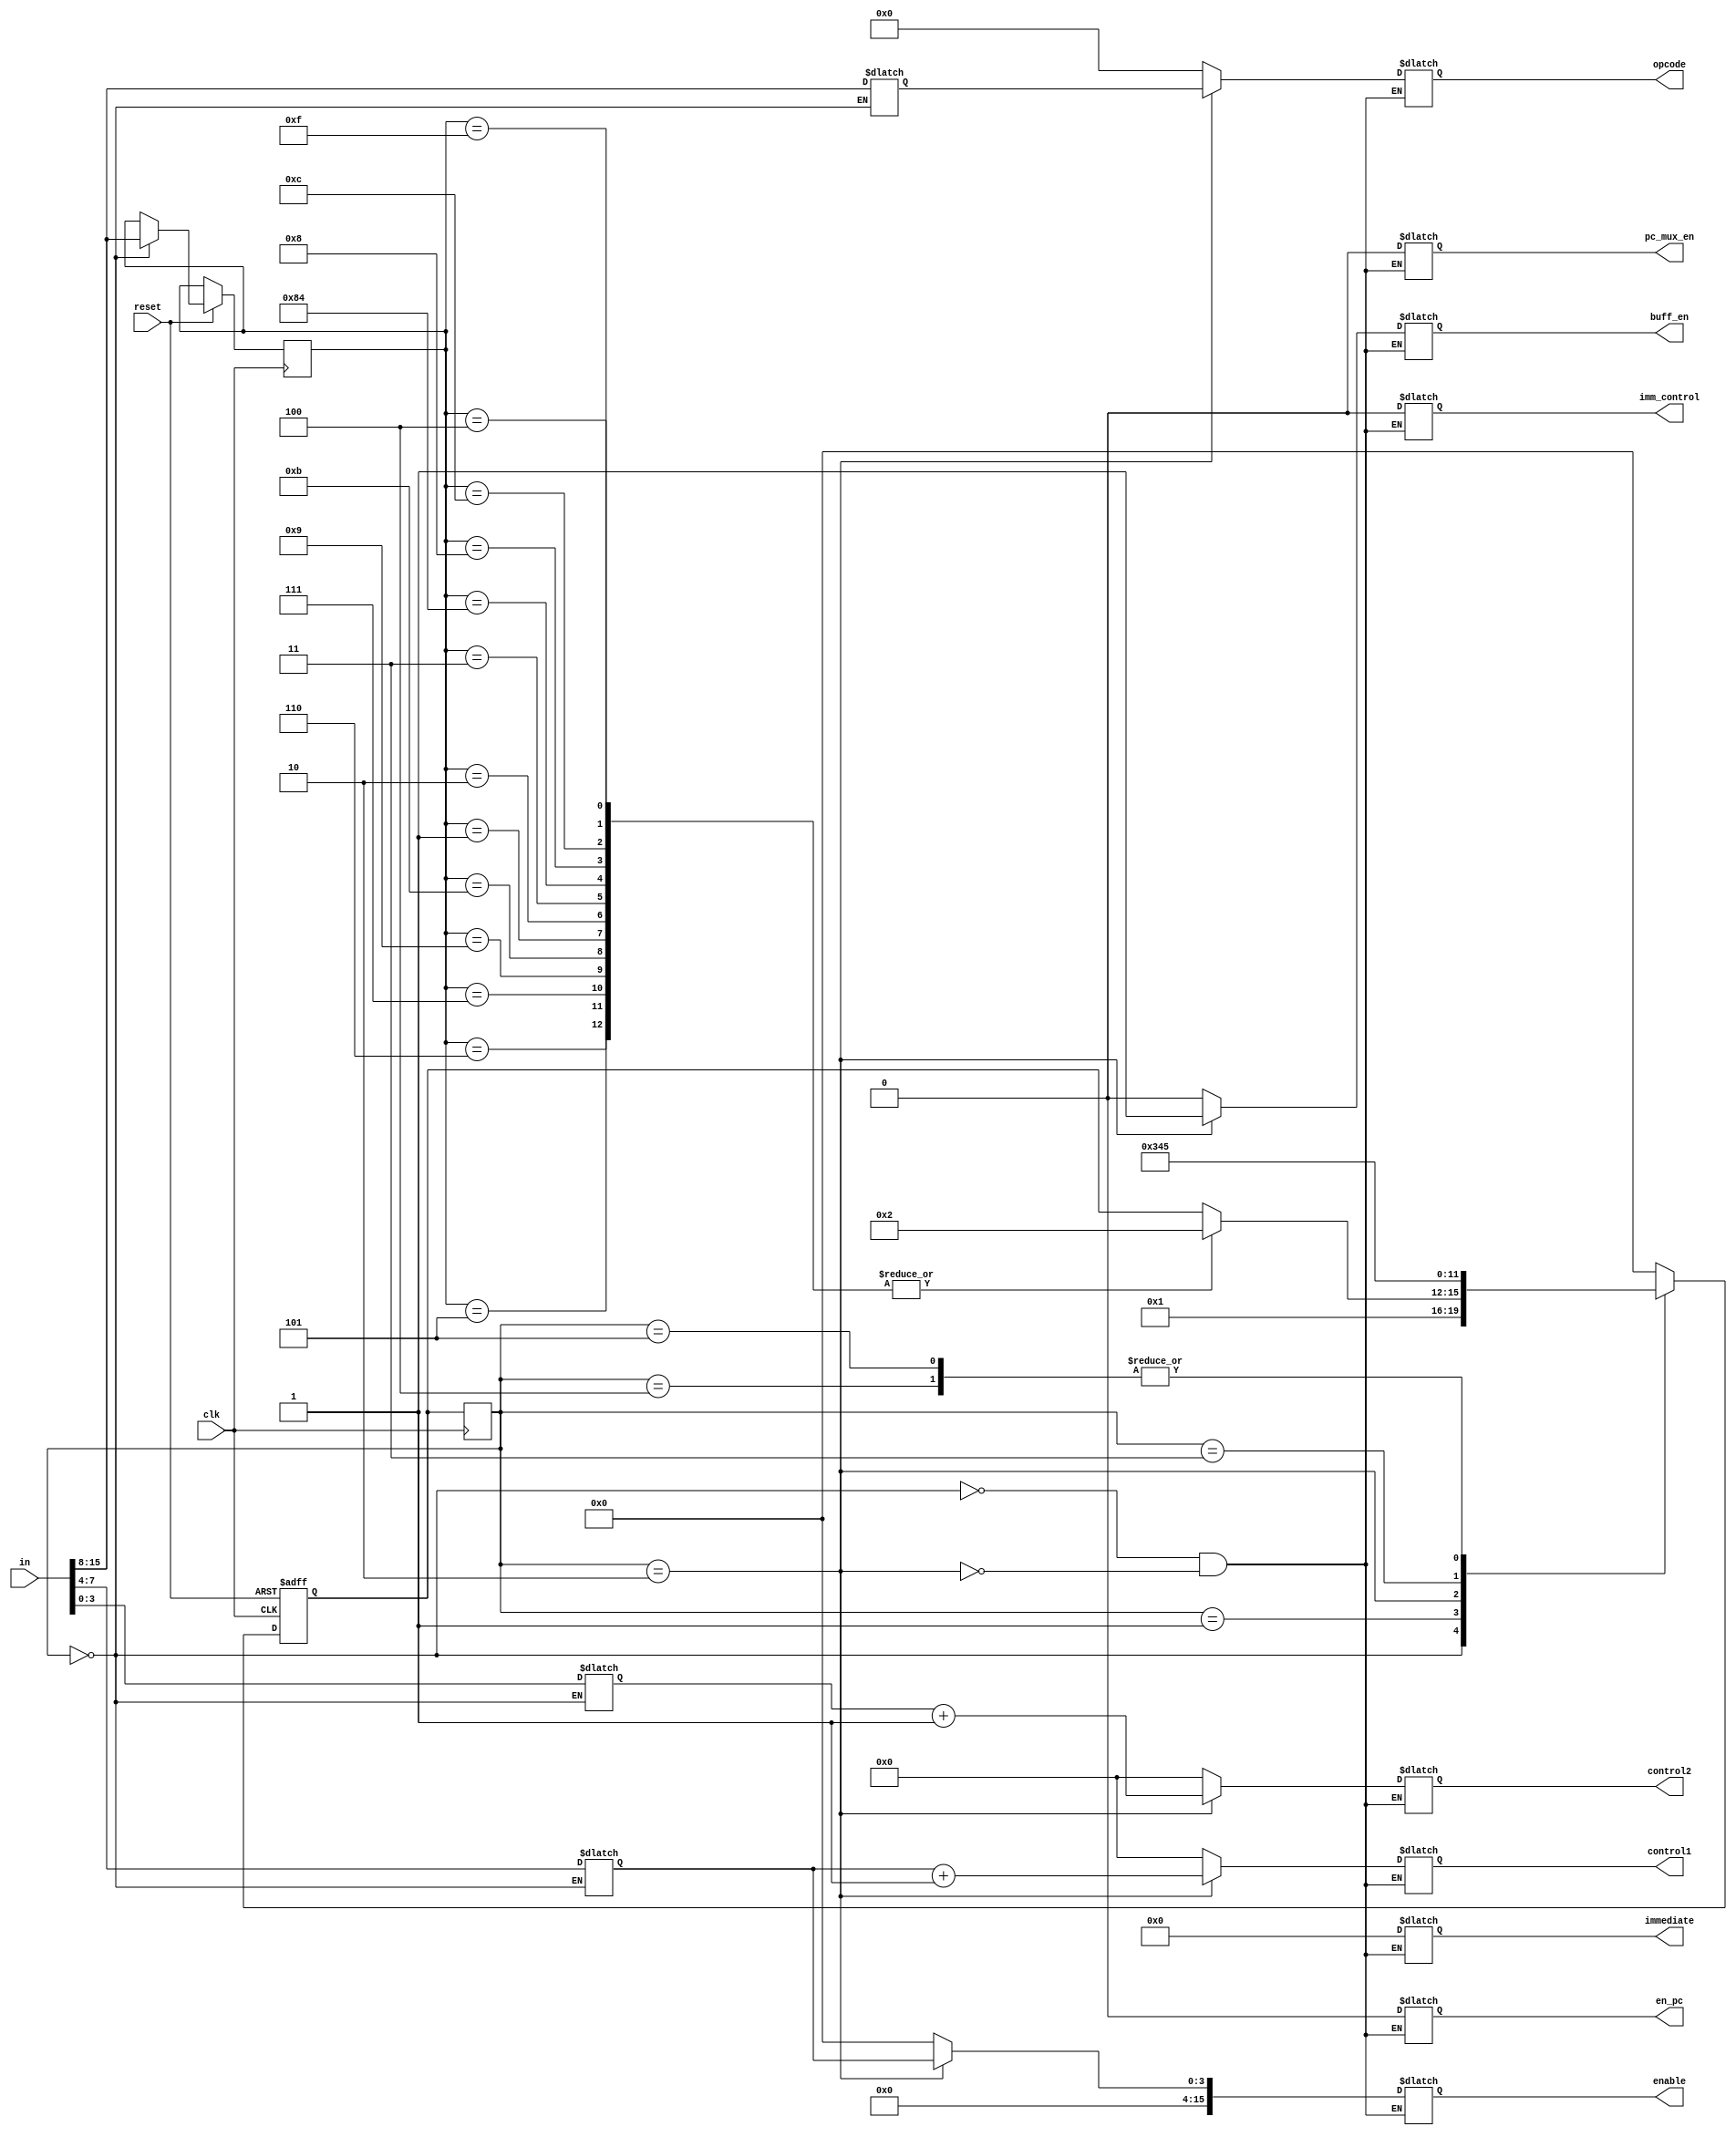
// Decoder Verilog File
// Created By Louis J. Cerda
//
// Module contract decoder:
// in :       Incoming instruction from Ram
// reset:     Reset signal to reset FSM???
// out:        

module decoderFSM(clk, in, reset, immediate, enable, opcode, control1, control2, imm_control, buff_en, en_pc, pc_mux_en); //make sure all flags are defined in all cases
	
	// I/0 parameters
	input  clk;
	input       [15:0] in;
	//output reg [15:0] out;
	reg        [7:0] copcode;
	reg        [7:0] copcode2;
	reg        [3:0] rdst;
	reg        [3:0] rsrc;
	reg        [3:0] rdst2;
	reg        [3:0] rsrc2;
	input      reset;

	// Enables signals
	output reg [15:0] immediate;
	output reg [15:0]enable;
	output reg [7:0]opcode;
   output reg [4:0]control1;
   output reg [4:0]control2;
   output reg imm_control;
	output reg buff_en;
	output reg en_pc;
	output reg pc_mux_en;


   // ======================== State Machine Code =========================//
	
	// ps -> Previous state, ns -> Next state
   reg [3:0] ps, ns; 
    
   //Need to add more state parameters as needed
   parameter [3:0] s0  = 4'b0000;
   parameter [3:0] s1  = 4'b0001;
   parameter [3:0] s2  = 4'b0010;
   parameter [3:0] s3  = 4'b0011;
   parameter [3:0] s4  = 4'b0100;
	parameter [3:0] s5  = 4'b0101;

       
    //Sequential block, negedge of reset due to push button
    always @ (negedge clk) begin

        ps <= ns;

    end
    
    // Combinational block, responsible fo setting the next state
    always@(posedge clk, negedge reset) begin
		if(reset == 0) begin    
			ns = s0;
		end
		 
		 
		else begin
			// Need to add more stepping
        case(ps)
           s0: begin
					  ns <= s1;  // EDIT changed s1: ns <= si  to s0: ns <= si
					  copcode2 <= in [15:8];
						
						// Fetch Rdest and Rsrc
						rdst2 = in[7:4];
						rsrc2 = in[3:0];
						end
			  s1: begin
			  				case(copcode2)
						// add
						8'b00000101 : ns = s2;
						//addu
						8'b00000110 : ns = s2;
						//addc
						8'b00000111 : ns = s2;
						//sub
						8'b00001001 : ns = s2;
						//cmp
						8'b00001011 : ns = s2;
						//AND
						8'b00000001 : ns = s2;
						//Or
						8'b00000010 : ns = s2;
						//xor
						8'b00000011 : ns = s2;
						//lsh
						8'b10000100 : ns = s2;
						//rsh
						8'b00001000 : ns = s2;
						//alsh
						8'b00001100 : ns = s2;
						//arsh
						8'b00001111 : ns = s2;
						//not
						8'b00000100 : ns = s2;				
				endcase
				end
			  s2: ns <= s3;
			  s3: ns <= s4;
			  s4: ns <= s5;
			  s5: ns <= s5;

           default: ns <= s0;
        endcase
		end
    end

	// ======================== State Machine Code =========================//

	
	
	// Fetch the first 8 bits 
	
	
	
	// Checking R-type
   // Register mode (R-Types instructions): compulsory
	
		


	always @(ps) begin // SAMQ
		case(ps)
		
			// s0: Fetch stage
			s0: begin
			
				// Fetch the Opcode, which is the first 8 bits
				copcode <= in [15:8];
				
				// Fetch Rdest and Rsrc
				rdst = in[7:4];
				rsrc = in[3:0];
    
				// Reset all the enables to 0
				en_pc       = 0;
				pc_mux_en   = 0;
				immediate   = 16'b0000000000000000; 
				enable      = 0;              
            opcode      = 0; 
				control1    = 0;
            control2    = 0; 
            imm_control = 0;                    
            buff_en     = 0; 
			end
			
			
			
			// s1: Decode stage (figure out type of instruction)
			s1: begin
			
				// R Types instructions. Checks to see if the opcode is present
//				case(copcode)
//						// add
//						8'b00000101 : ns = s2;
//						//addu
//						8'b00000110 : ns = s2;
//						//addc
//						8'b00000111 : ns = s2;
//						//sub
//						8'b00001001 : ns = s2;
//						//cmp
//						8'b00001011 : ns = s2;
//						//AND
//						8'b00000001 : ns = s2;
//						//Or
//						8'b00000010 : ns = s2;
//						//xor
//						8'b00000011 : ns = s2;
//						//lsh
//						8'b10000100 : ns = s2;
//						//rsh
//						8'b00001000 : ns = s2;
//						//alsh
//						8'b00001100 : ns = s2;
//						//arsh
//						8'b00001111 : ns = s2;
//						//not
//						8'b00000100 : ns = s2;				
//				endcase
				
				
				//TODO Else its immediate instruction
				// ns s3
			end
			
			// s2: Execute + write back for R-type instructions
			s2: begin
				en_pc       = 0;
            pc_mux_en   = 0;
            immediate   = 16'b0000000000000000; 
				//TODO if code isnt working check here
            if(copcode == 8'b00001011) begin
					enable = 16'bx;
				end 
				else begin 
					enable      = rdst; 
				end 
            opcode      = copcode; 
            control1    = rdst + 1;
            control2    = rsrc + 1; 
            imm_control = 0;
            buff_en     = 1;
		   end
		endcase
	end	
endmodule